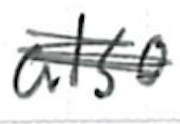
Text: also
Cross-out: scratch
Writing tool: ballpoint